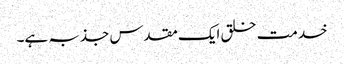
خدمت خلق ایک مقدس جذبہ ہے۔